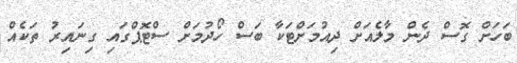
ބަހަށް ގޮސް ދެން މާލެއަށް ދިއުމަށްޓަކާ ބަސް ހޯދުމަށް ސްޓޮޕްގައި ގިނައިރު ތަކެއް